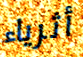
أثرياء